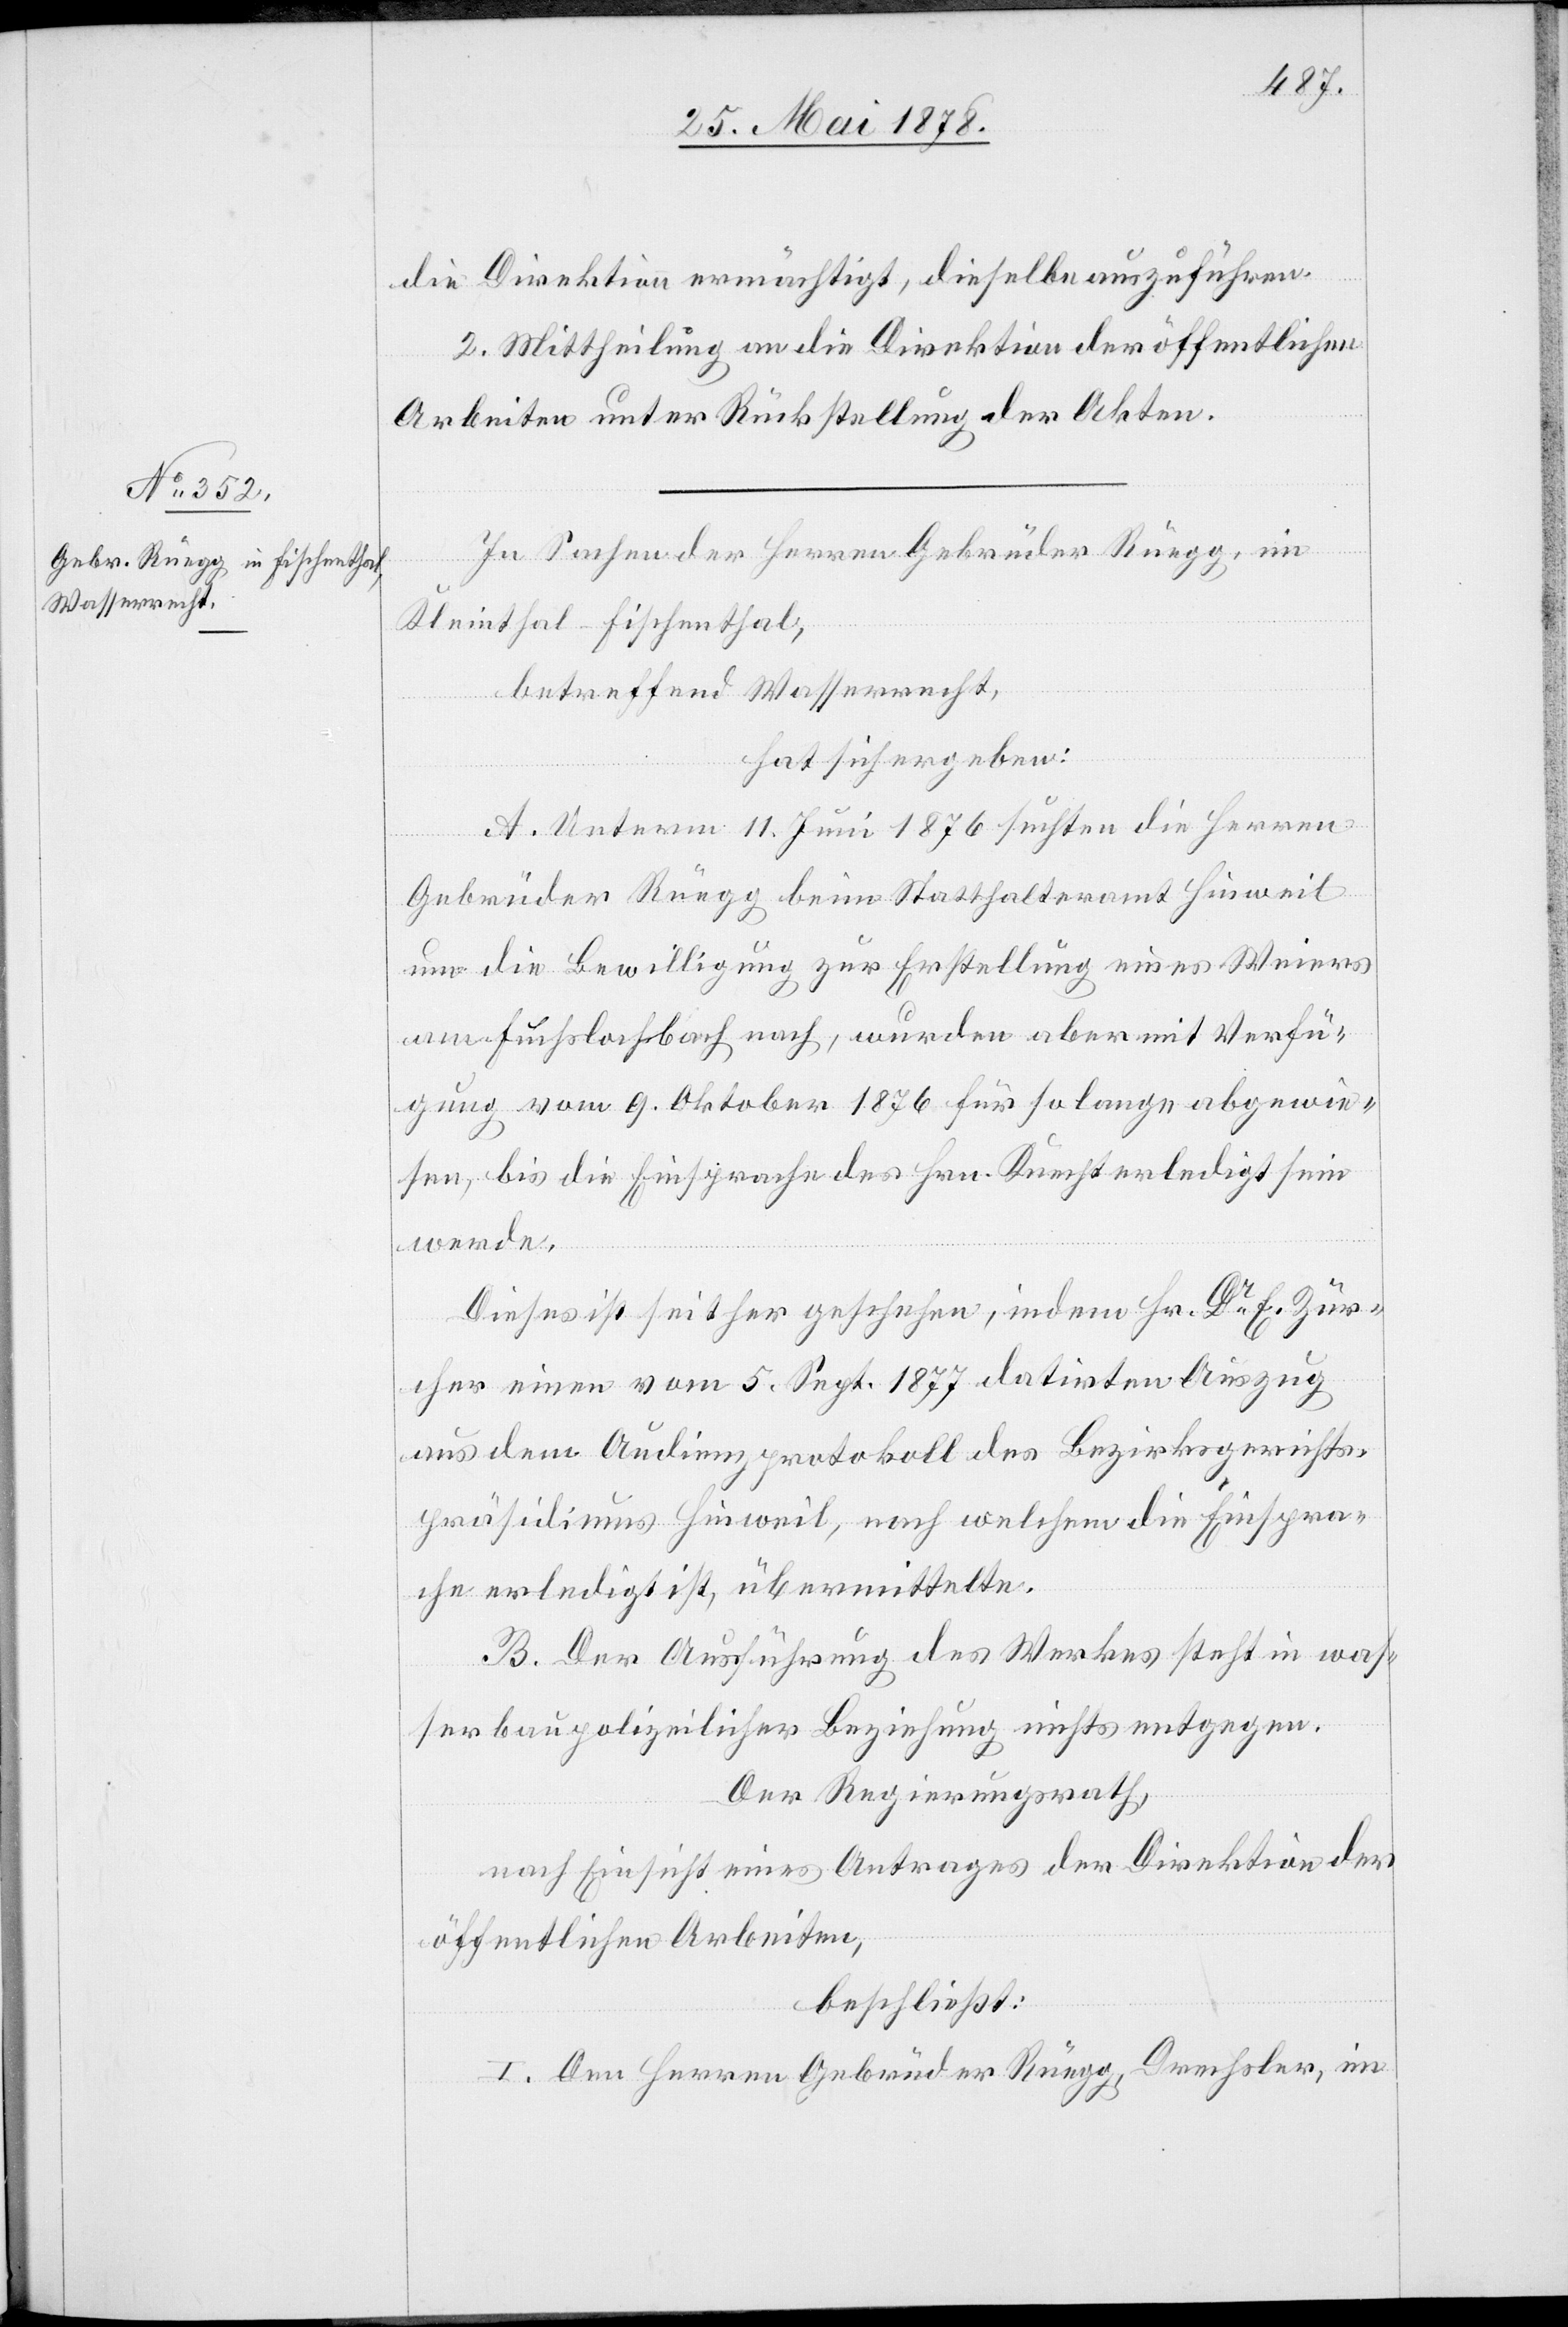
die Direktion ermächtigt, dieselbe auszuführen.
2. Mittheilung an die Direktion der öffentlichen
Arbeiten unter Rückstellung der Akten.
In Sachen der Herren Gebrüder Rüegg im
Kleinthal - Fischenthal,
betreffend Wasserrecht,
hat sich ergeben:
A. Unterm 11. Juni 1876 suchten die Herren
Gebrüder Rüegg beim Statthalteramt Hinweil
um die Bewilligung zur Erstellung eines Weiers
am Fuchslochbach nach, wurden aber mit Verfü¬
gung vom 9. Oktober 1876 für so lange abgewie¬
sen, bis die Einsprache des Hrn. Knecht erledigt sein
werde.
Dieses ist seither geschehen, indem Hr. Dr E. Zür¬
cher einen vom 5. Sept. 1877 datirten Auszug
aus dem Audienzprotokoll des Bezirksgerichts¬
präsidiums Hinweil, nach welchem die Einspra¬
che erledigt ist, übermittelte.
B. Der Ausführung des Werkes steht in was¬
serbaupolizeilicher Beziehung nichts entgegen.
Der Regierungsrath,
nach Einsicht eines Antrages der Direktion der
öffentlichen Arbeiten,
beschließt:
I. Den Herren Gebrüder Rüegg Drechsler, im